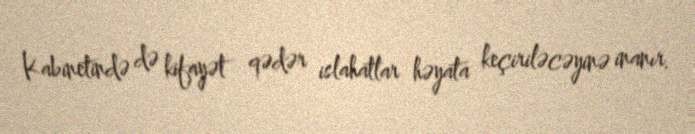
Kabinetində də kifayət qədər islahatlar həyata keçiriləcəyinə inanır.